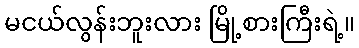
မငယ်လွန်းဘူးလား မြို့စားကြီးရဲ့။